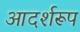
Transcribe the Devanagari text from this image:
आदर्शरूप